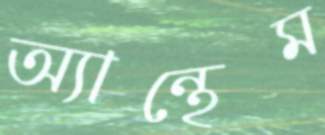
অ্যান্থেম